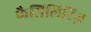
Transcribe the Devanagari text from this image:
फैसिलिटिज़